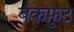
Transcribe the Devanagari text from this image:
बैकफ़ुट